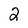
Character: 2